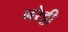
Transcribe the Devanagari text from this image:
नरेट्टी